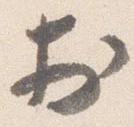
於